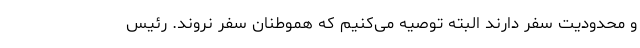
و محدودیت سفر دارند البته توصیه می‌کنیم که هموطنان سفر نروند. رئیس